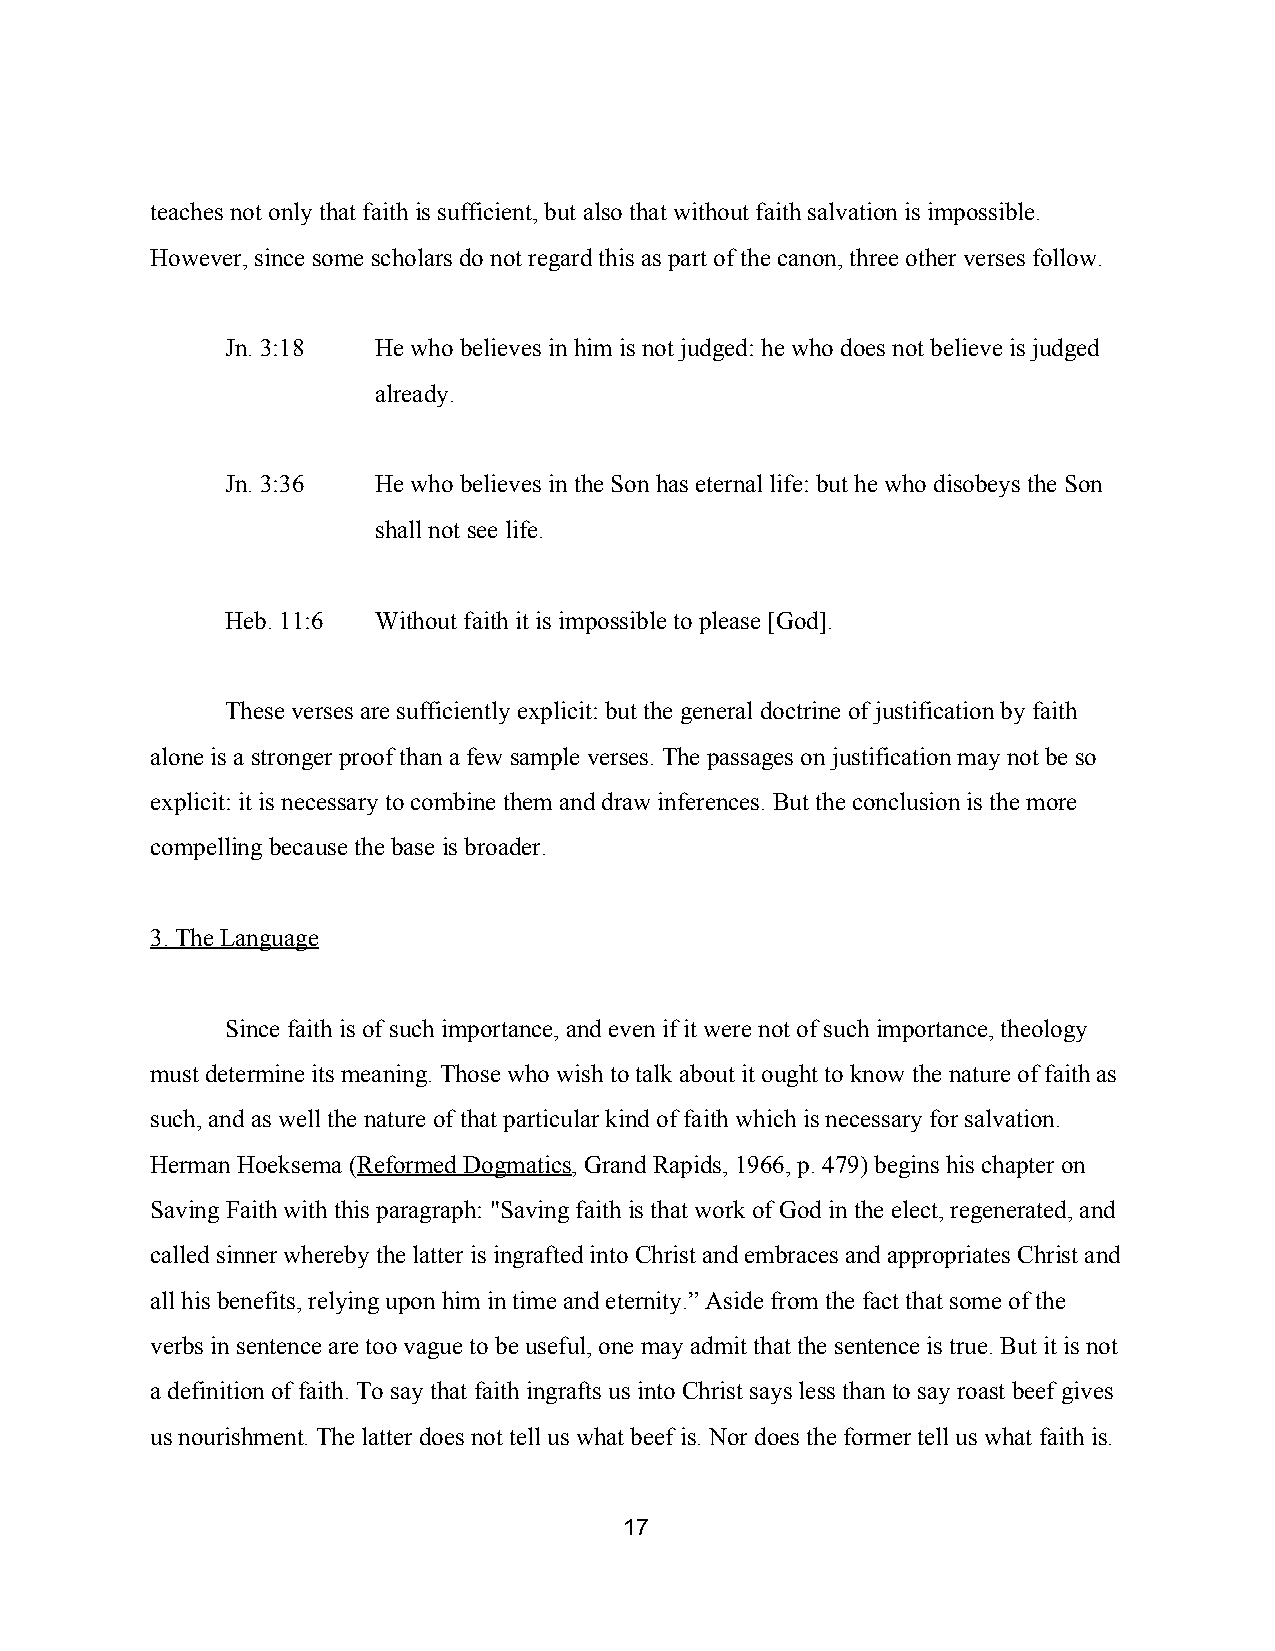
teaches not only that faith is sufficient, but also that without faith salvation is impossible.
 However, since some scholars do not regard this as part of the canon, three other verses follow.
 Jn. 3:18  He who believes in him is not judged: he who does not believe is judged
 already.
 Jn. 3:36  He who believes in the Son has eternal life: but he who disobeys the Son
 shall not see life.
 Heb. 11:6 Without faith it is impossible to please [God].
 These verses are sufficiently explicit: but the general doctrine of justification by faith
 alone is a stronger proof than a few sample verses. The passages on justification may not be so
 explicit: it is necessary to combine them and draw inferences. But the conclusion is the more
 compelling because the base is broader.
 3. The Language
 Since faith is of such importance, and even if it were not of such importance, theology
 must determine its meaning. Those who wish to talk about it ought to know the nature of faith as
 such, and as well the nature of that particular kind of faith which is necessary for salvation.
 Herman Hoeksema (Reformed Dogmatics, Grand Rapids, 1966, p. 479) begins his chapter on
 ​             ​
 Saving Faith with this paragraph: "Saving faith is that work of God in the elect, regenerated, and
 called sinner whereby the latter is ingrafted into Christ and embraces and appropriates Christ and
 all his benefits, relying upon him in time and eternity.” Aside from the fact that some of the
 verbs in sentence are too vague to be useful, one may admit that the sentence is true. But it is not
 a definition of faith. To say that faith ingrafts us into Christ says less than to say roast beef gives
 us nourishment. The latter does not tell us what beef is. Nor does the former tell us what faith is.
 17